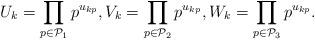
LaTeX: \begin{align*}U_k = \prod_{p \in {\cal P}_1} p^{u_{kp}}, V_k=\prod_{p \in {\cal P}_2} p^{u_{kp}}, W_k=\prod_{p \in {\cal P}_3} p^{u_{kp}}.\end{align*}